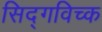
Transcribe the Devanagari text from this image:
सिद्गविच्क